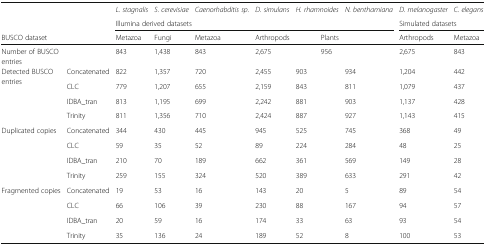
|  |  | L. stagnalis | S. cerevisiae | Caenorhabditis sp. | D. simulans | H. rhamnoides | N. benthamiana | D. melanogaster | C. elegans |
 |  |  | <COLSPAN=6> Illumina derived datasets | <COLSPAN=2> Simulated datasets |
 | <COLSPAN=2> BUSCO dataset | Metazoa | Fungi | Metazoa | Arthropods | <COLSPAN=2> Plants | Arthropods | Metazoa |
 | --- | --- | --- | --- | --- | --- | --- | --- | --- | --- |
 | Number of BUSCO entries |  | 843 | 1,438 | 843 | 2,675 | <COLSPAN=2> 956 | 2,675 | 843 |
 | <ROWSPAN=4> Detected BUSCO entries | Concatenated | 822 | 1,357 | 720 | 2,455 | 903 | 934 | 1,204 | 442 |
 | CLC | 779 | 1,207 | 655 | 2,159 | 843 | 811 | 1,079 | 437 |
 | IDBA_tran | 813 | 1,195 | 699 | 2,242 | 881 | 903 | 1,137 | 428 |
 | Trinity | 811 | 1,356 | 710 | 2,424 | 887 | 927 | 1,143 | 415 |
 | <ROWSPAN=4> Duplicated copies | Concatenated | 344 | 430 | 445 | 945 | 525 | 745 | 368 | 49 |
 | CLC | 59 | 35 | 52 | 89 | 224 | 284 | 48 | 25 |
 | IDBA_tran | 210 | 70 | 189 | 662 | 361 | 569 | 149 | 28 |
 | Trinity | 259 | 155 | 324 | 520 | 389 | 633 | 291 | 42 |
 | <ROWSPAN=4> Fragmented copies | Concatenated | 19 | 53 | 16 | 143 | 20 | 5 | 89 | 54 |
 | CLC | 66 | 106 | 39 | 230 | 88 | 167 | 94 | 57 |
 | IDBA_tran | 20 | 59 | 16 | 174 | 33 | 63 | 93 | 54 |
 | Trinity | 35 | 136 | 24 | 189 | 52 | 8 | 100 | 53 |